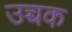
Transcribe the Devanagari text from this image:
उच्चक